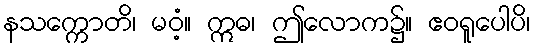
နသက္ကောတိ၊ မဝံ့။ ဣဓ၊ ဤလောက၌။ ဧဝရူပေါပိ၊